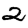
Digit: 2